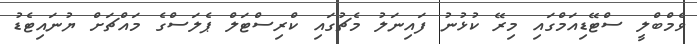
ވެމްބްލީ ސްޓޭޑިއަމްގައި މިރޭ ކުޅުނު ފައިނަލު މެޗުގައި ކްރިސްޓަލް ޕެލަސްގެ މައްޗަށް ޔުނައިޓެޑު